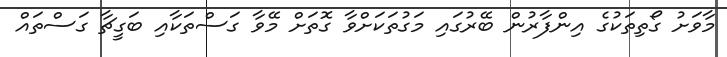
މާވަށު ގޯތިތަކުގެ އިންފާރުން ބޭރުގައި މަގުތަކަށްވާ ގޮތަށް މޭވާ ގަސްތަކާއި ބަގީޗާ ގަސްތައް